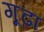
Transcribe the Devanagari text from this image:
गूढा